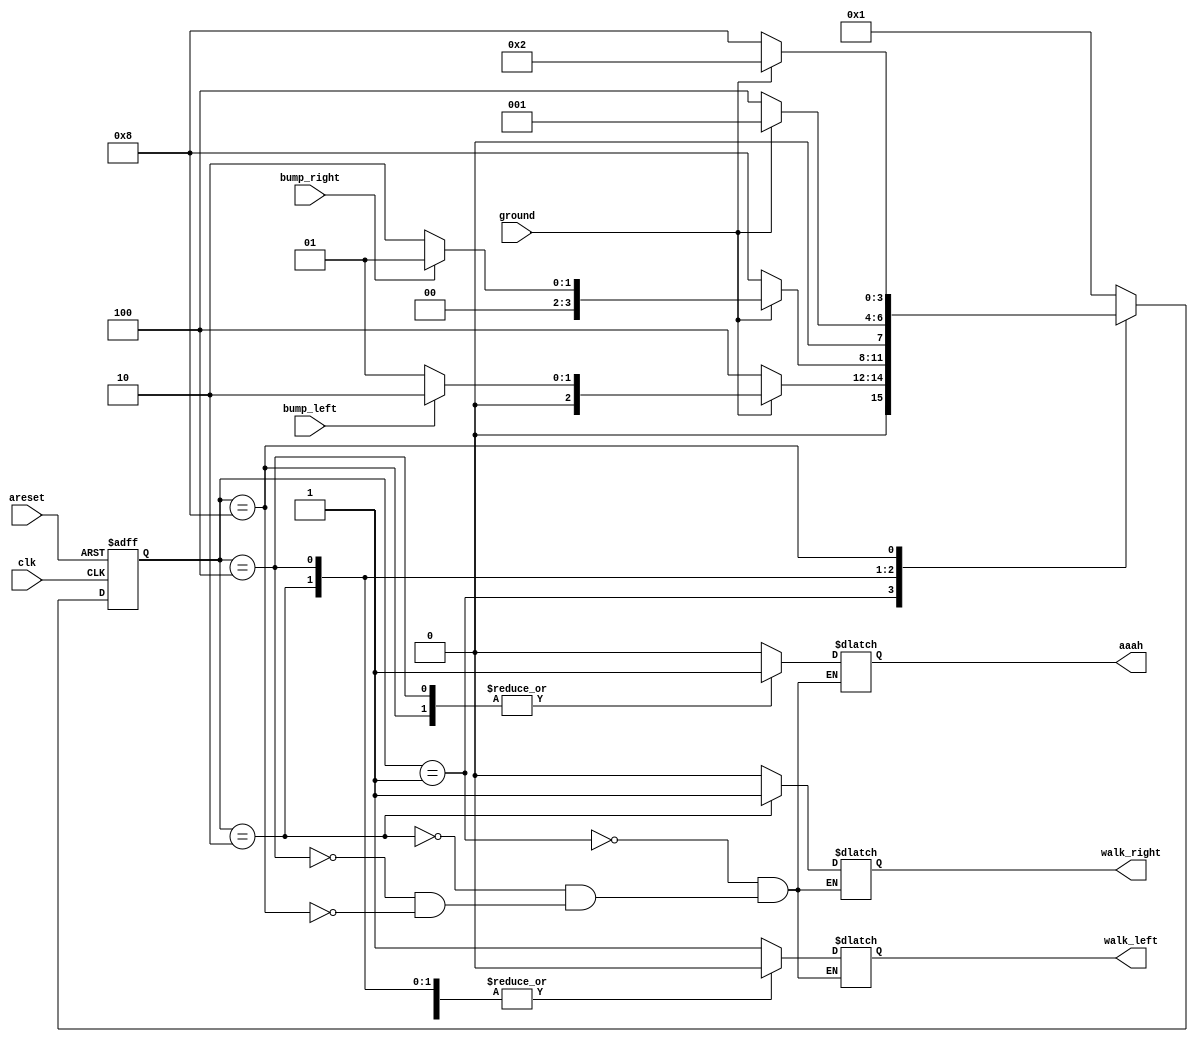
module top_module(
    input clk,
    input areset,    // Freshly brainwashed Lemmings walk left.
    input bump_left,
    input bump_right,
    input ground,
    output walk_left,
    output walk_right,
    output aaah ); 

    reg walk_left_reg;
    reg walk_right_reg;
    reg aaah_reg;

    reg [3:0] nstate;
    reg [3:0] cstate;
    parameter s1 = 4'b0001;//
    parameter s2 = 4'b0010;//
    parameter s3 = 4'b0100;//
    parameter s4 = 4'b1000;//

    always @(posedge clk or posedge areset)begin
        if(areset)begin
            cstate <= s1;
        end
        else begin
            cstate <= nstate;
        end
    end

    always @(*)begin
        nstate = s1;
        case (cstate)
            s1:begin
                if(ground)begin
                    if(bump_left)begin
                        nstate = s2;
                    end
                    else begin
                        nstate = s1;
                    end
                end
                else begin
                    nstate = s3;
                end
                walk_left_reg = 1'b1;
                walk_right_reg = 1'b0;
                aaah_reg = 1'b0;
            end

            s2:begin
                if(ground)begin
                    if(bump_right)begin
                        nstate = s1;
                    end
                    else begin
                        nstate = s2;
                    end
                end
                else begin
                    nstate = s4;
                end
                walk_left_reg = 1'b0;
                walk_right_reg = 1'b1;
                aaah_reg = 1'b0;
            end

            s3:begin
                if(ground)begin
                    nstate = s1;
                end
                else begin
                    nstate = s3;
                end
                walk_left_reg = 1'b0;
                walk_right_reg = 1'b0;
                aaah_reg = 1'b1;
            end

            s4:begin
                if(ground)begin
                    nstate = s2;
                end
                else begin
                    nstate = s4;
                end
                walk_left_reg = 1'b0;
                walk_right_reg = 1'b0;
                aaah_reg = 1'b1;
            end
            default:begin
                nstate = s1;
            end
        endcase
    end
    assign walk_left = walk_left_reg;
    assign walk_right = walk_right_reg;
    assign aaah = aaah_reg;

endmodule